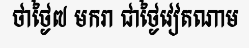
ថាថ្ងៃ៧ មករា ជាថ្ងៃវៀតណាម